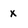
Character: x